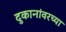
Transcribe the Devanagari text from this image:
दुकानांवरच्या